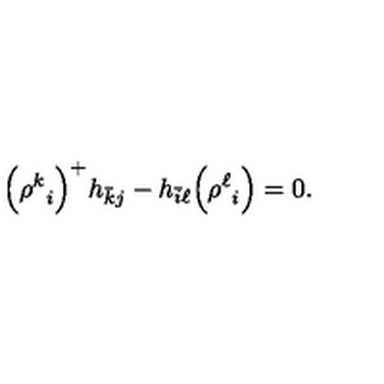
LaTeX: \Bigl ( { \rho ^ { k } } _ { i } \Bigr ) ^ { + } h _ { \bar { k } j } - h _ { \bar { i } \ell } \Bigl ( { \rho ^ { \ell } } _ { i } \Bigr ) = 0 .